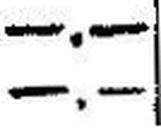
—.—